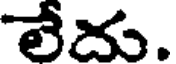
లేదు.